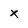
Character: x